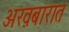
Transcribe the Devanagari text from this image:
अख़बारात